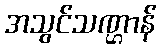
အသွင်သဏ္ဌာန်